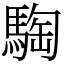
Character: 騊